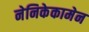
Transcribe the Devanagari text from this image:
नेनिकेकामेन